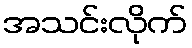
အသင်းလိုက်